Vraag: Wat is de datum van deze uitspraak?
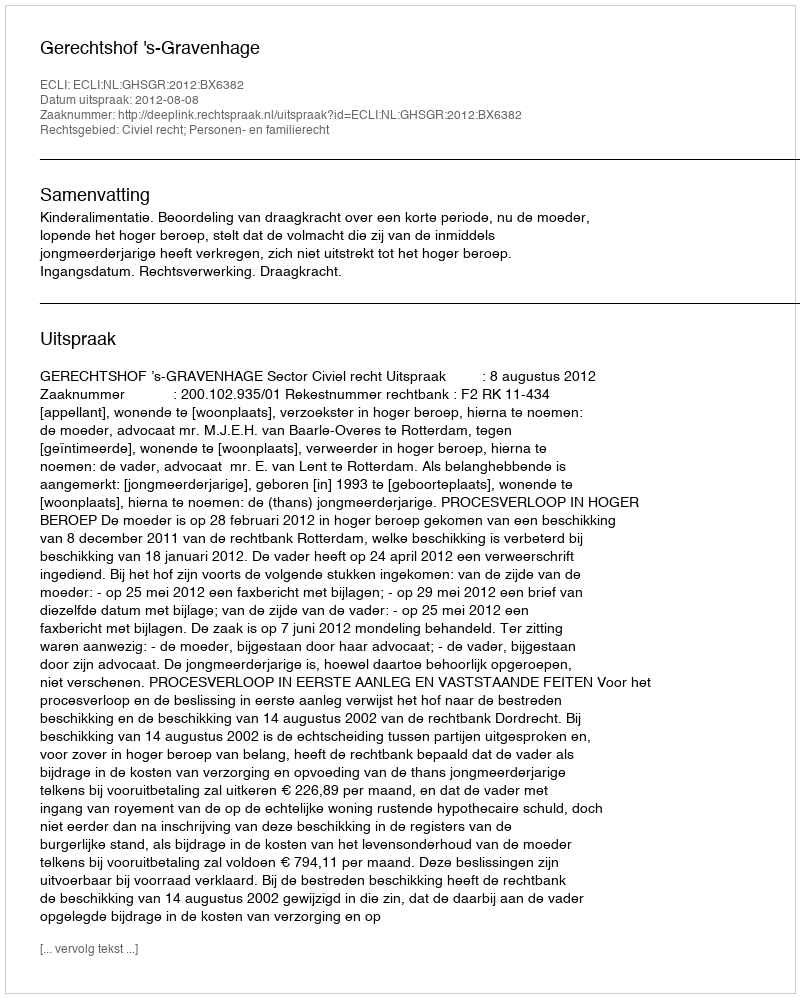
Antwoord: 2012-08-08